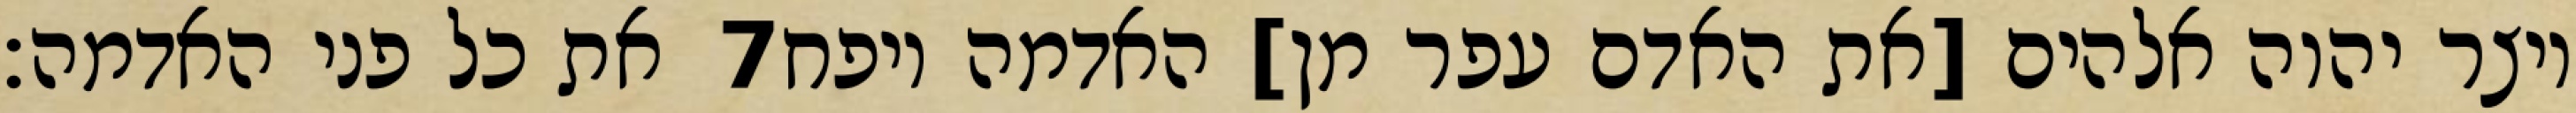
את כל פני האדמה׃ ‎7‏ ויצר יהוה אלהים [את האדם עפר מן] האדמה ויפח